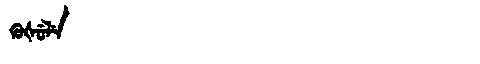
Manchu: ᡴᡠᡧᡠᠯᡝ
Romanization: KUŠULE